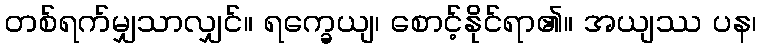
တစ်ရက်မျှသာလျှင်။ ရက္ခေယျ၊ စောင့်နိုင်ရာ၏။ အယျဿ ပန၊